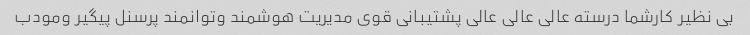
بی نظیر کارشما درسته عالی عالی عالی پشتیبانی قوی مدیریت هوشمند وتوانمند پرسنل پیگیر ومودب